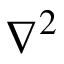
\nabla ^ { 2 }